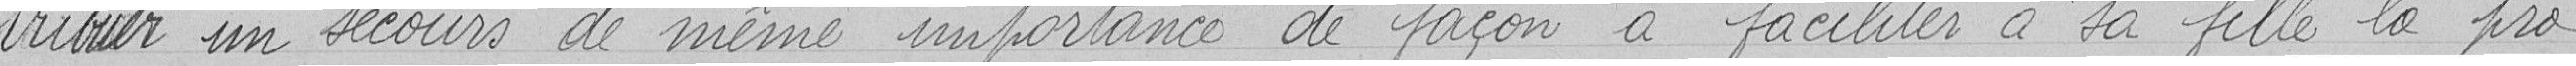
tribuer un secours de même importance de façon à faciliter à sa fille la pro-